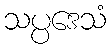
သပ္ပဒေသံ